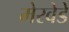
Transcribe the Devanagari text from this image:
मेरवेडे